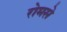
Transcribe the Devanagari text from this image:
रोमसे